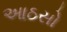
આઠસો